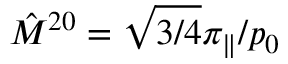
\hat { M } ^ { 2 0 } = \sqrt { 3 / 4 } \pi _ { \| } / p _ { 0 }